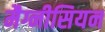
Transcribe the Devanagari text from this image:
मैग्नीसियन